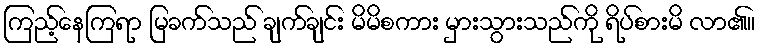
ကြည့်နေကြရာ မြခက်သည် ချက်ချင်း မိမိစကား မှားသွားသည်ကို ရိပ်စားမိ လာ၏။